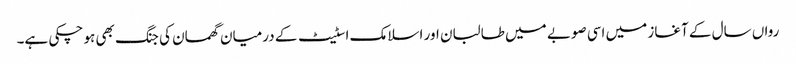
رواں سال کے آغاز میں اسی صوبے میں طالبان اور اسلامک اسٹیٹ کے درمیان گھمسان کی جنگ بھی ہو چکی ہے۔